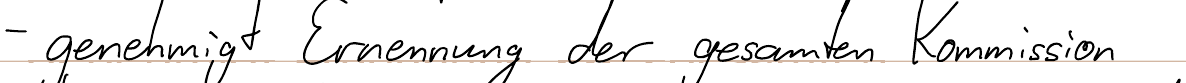
- genehmigt Ernennung der gesamten Kommission